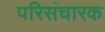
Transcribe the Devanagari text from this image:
परिसंचारक